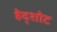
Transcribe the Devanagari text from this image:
हेद्शोट